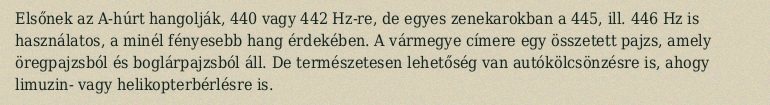
Elsőnek az A-húrt hangolják, 440 vagy 442 Hz-re, de egyes zenekarokban a 445, ill. 446 Hz is használatos, a minél fényesebb hang érdekében. A vármegye címere egy összetett pajzs, amely öregpajzsból és boglárpajzsból áll. De természetesen lehetőség van autókölcsönzésre is, ahogy limuzin- vagy helikopterbérlésre is.